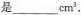
是___cm^{3}.